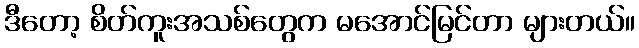
ဒီတော့ စိတ်ကူးအသစ်တွေက မအောင်မြင်တာ များတယ်။